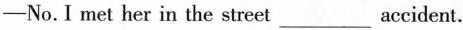
-No.I met her in the street___accident.